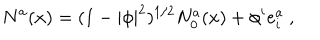
N ^ { a } ( x ) = ( 1 - | \phi | ^ { 2 } ) ^ { 1 / 2 } N _ { 0 } ^ { a } ( x ) + \phi ^ { i } e _ { i } ^ { a } \ ,